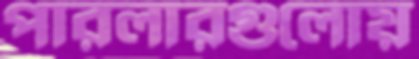
পারলারগুলোয়